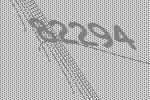
82294